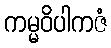
ကမ္မဝိပါကဇံ